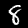
Label: 8